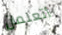
أتعلمان